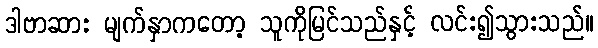
ဒါဗာဆား မျက်နှာကတော့ သူကိုမြင်သည်နှင့် လင်း၍သွားသည်။